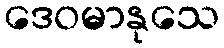
ဒေဝမာနုသေ